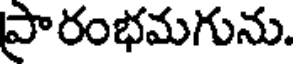
ప్రారంభమగును.